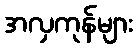
အလှကုန်များ